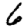
Digit: 6